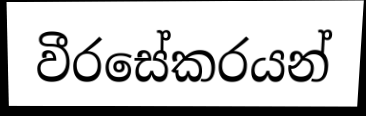
වීරසේකරයන්